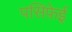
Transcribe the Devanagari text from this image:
पसिफ़ेई